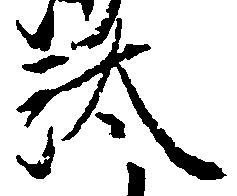
汰